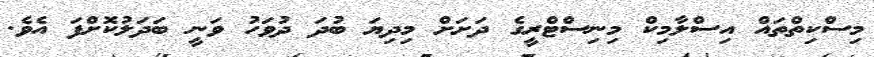
މިސްކިތްތައް އިސްލާމިކް މިނިސްޓްރީގެ ދަށަށް މިދިޔަ ބުދަ ދުވަހު ވަނީ ބަދަލުކޮށްފަ އެވެ.